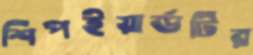
শিপইয়ার্ডটির